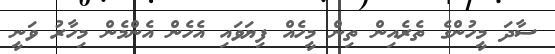
ސާދަ މީހުންގެ ތެރެއިން ތިން މީހެއް ފިޔަވައި އެހެން އެންމެން މިހާރު ވަނީ